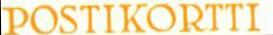
POSTIKORTTI